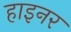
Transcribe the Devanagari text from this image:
हाइनर